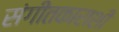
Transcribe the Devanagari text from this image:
संगीतकाराशी